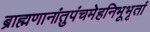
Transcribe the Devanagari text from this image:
ब्राह्मणानांतुपंचमेहनिभूभृतां